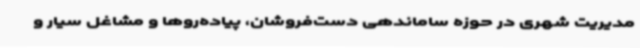
مدیریت شهری در حوزه ساماندهی دست‌فروشان، پیاده‌روها و مشاغل سیار و